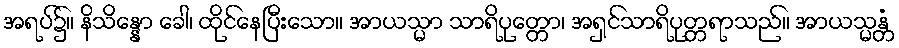
အရပ်၌။ နိသိန္နော ခေါ၊ ထိုင်နေပြီးသော။ အာယသ္မာ သာရိပုတ္တော၊ အရှင်သာရိပုတ္တရာသည်။ အာယသ္မန္တံ